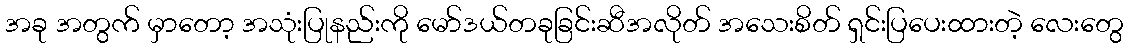
အခု အတွက် မှာတော့ အသုံးပြုနည်းကို မော်ဒယ်တခုခြင်းဆီအလိုတ် အသေးစိတ် ရှင်းပြပေးထားတဲ့ လေးတွေ